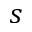
s